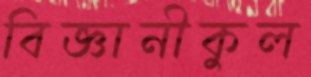
বিজ্ঞানীকুল